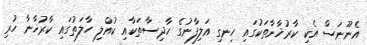
އެނޫނަސް އެކި ކާރުޚާނާތަކުގައި ހިނގި އަލިފާނުގެ ހާދިސާތަކާއި ކުއްލި ހާލަތުގައި ކާރުޚާނާ ހުރި